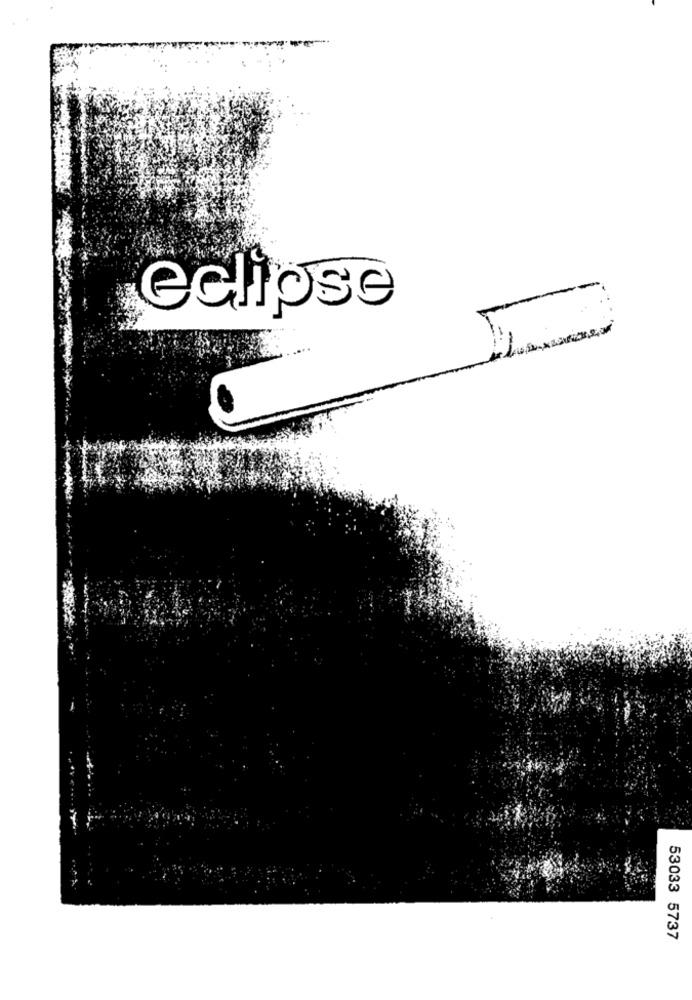
eclipse
53033 5737